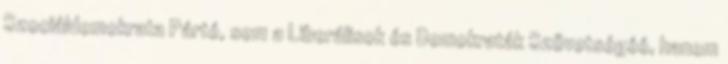
Szociáldemokrata Párté, sem a Liberálisok és Demokraták Szövetségéé, hanem